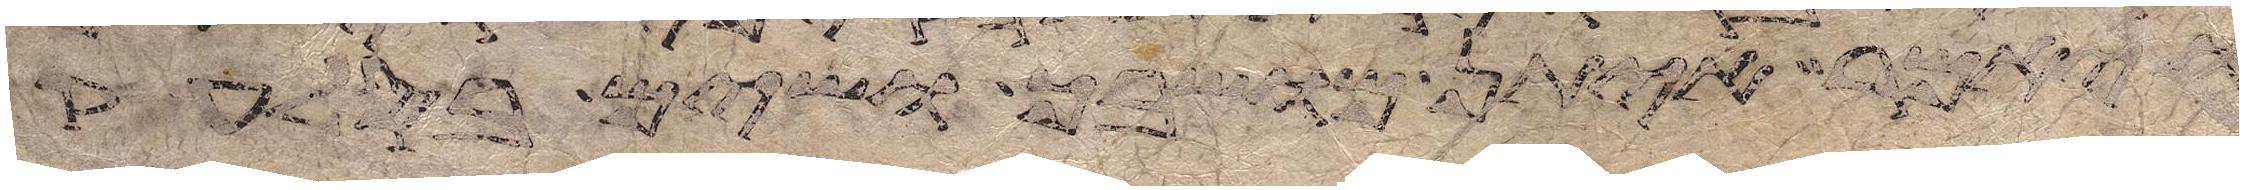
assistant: ויאמר איתן מושבך ושים בסלע